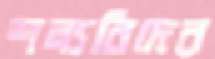
শল্যবিদের